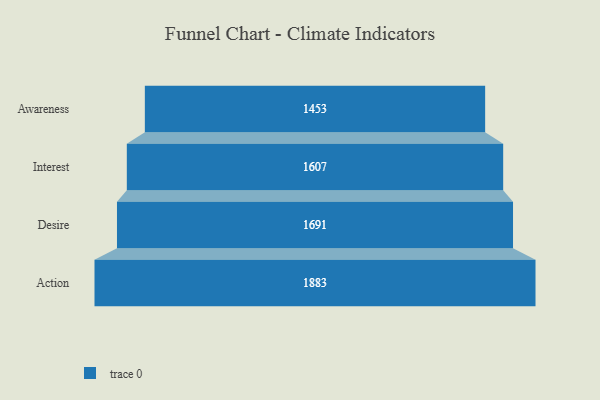
{"axis": {"x": "Stage", "y": "Value"}, "legend": [""], "data": [{"x": "Awareness", "y": 1453.0, "type": ""}, {"x": "Interest", "y": 1607.0, "type": ""}, {"x": "Desire", "y": 1691.0, "type": ""}, {"x": "Action", "y": 1883.0, "type": ""}]}